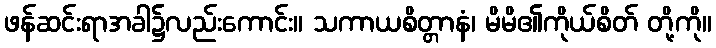
ဖန်ဆင်းရာအခါ၌လည်းကောင်း။ သကာယစိတ္တာနံ၊ မိမိ၏ကိုယ်စိတ် တို့ကို။